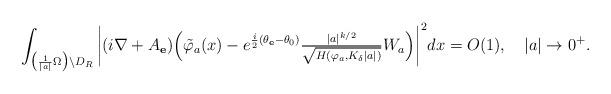
LaTeX: \begin{align*} \int_{\big(\frac{1}{|a|}\Omega\big)\setminus D_{R}}\bigg|(i\nabla+A_{\mathbf e}) \Big(\tilde \varphi_a(x) - e^{\frac i2(\theta_{\mathbf e}-\theta_0)}\tfrac{|a|^{k/2}}{\sqrt{H(\varphi_a,K_\delta|a|)}}W_a\Big)\bigg|^2dx=O(1),\quad|a|\to0^+.\end{align*}